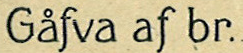
Gafva af br.